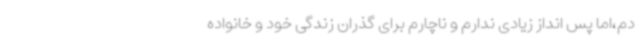
دم،اما پس انداز زیادی ندارم و ناچارم برای گذران زندگی خود و خانواده